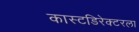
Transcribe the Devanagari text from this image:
कास्टडिरेक्टरला